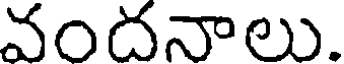
వందనాలు.